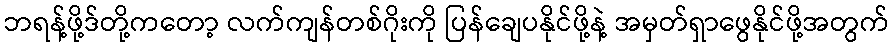
ဘရန့်ဖို့ဒ်တို့ကတော့ လက်ကျန်တစ်ဂိုးကို ပြန်ချေပနိုင်ဖို့နဲ့ အမှတ်ရှာဖွေနိုင်ဖို့အတွက်